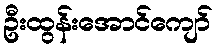
ဦးထွန်းအောင်ကျော်